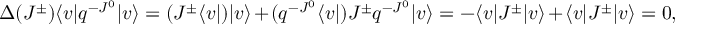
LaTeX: \Delta ( J ^ { \pm } ) \langle v | q ^ { - J ^ { 0 } } | v \rangle = ( J ^ { \pm } \langle v | ) | v \rangle + ( q ^ { - J ^ { 0 } } \langle v | ) J ^ { \pm } q ^ { - J ^ { 0 } } | v \rangle = - \langle v | J ^ { \pm } | v \rangle + \langle v | J ^ { \pm } | v \rangle = 0 ,